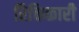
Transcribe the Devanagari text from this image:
रिक्तिकारी